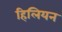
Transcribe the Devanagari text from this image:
हिलियन